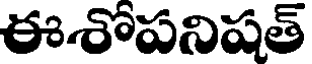
ఈరోపనిషత్